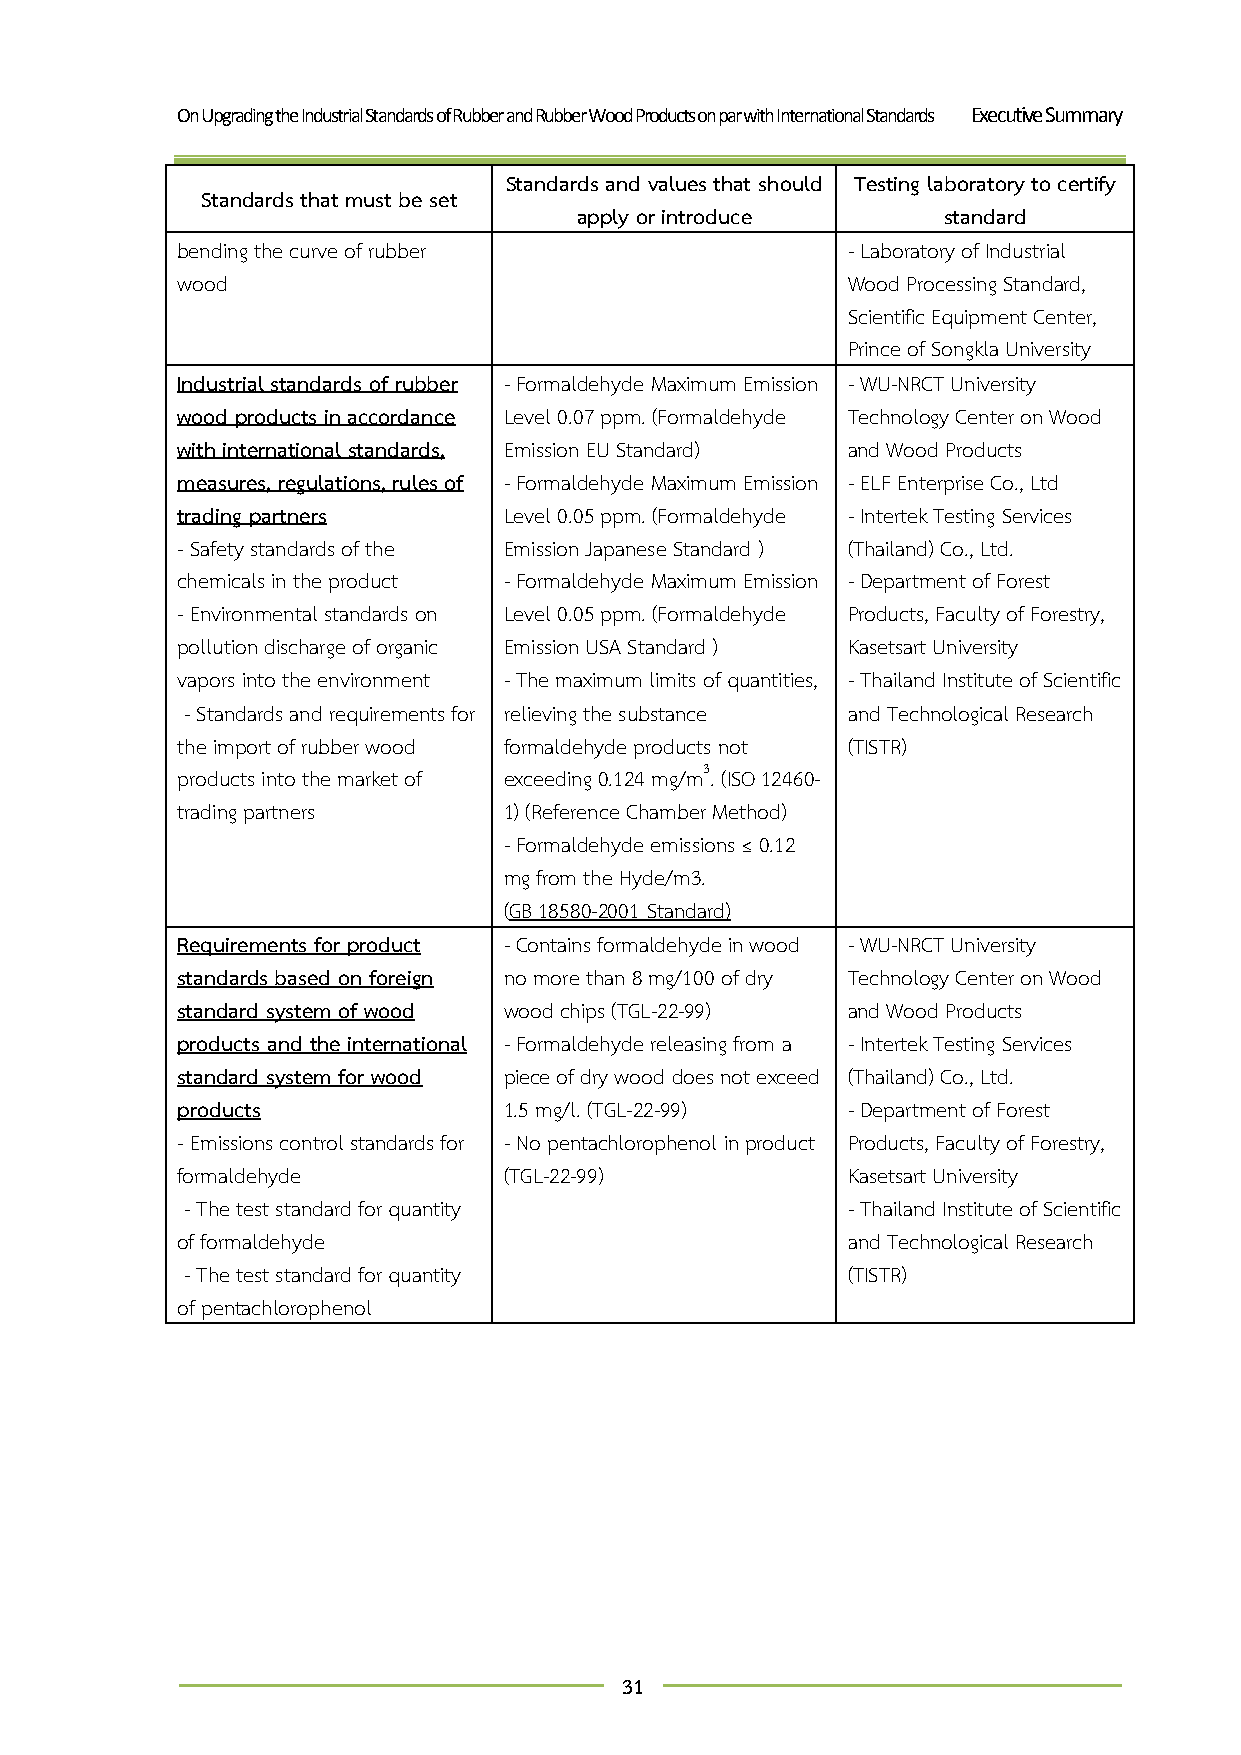
On Upgrading the Industrial Standards of Rubber and Rubber Wood Products on par with International Standards Executive Summary
 Standards and values that should Testing laboratory to certify
 Standards that must be set
 apply or introduce      standard
 bending the curve of rubber                 - Laboratory of Industrial
 wood                                        Wood Processing Standard,
 Scientific Equipment Center,
 Prince of Songkla University
 Industrial standards of rubber - Formaldehyde Maximum Emission - WU-NRCT University
 wood products in accordance Level 0.07 ppm. (Formaldehyde Technology Center on Wood
 with international standards, Emission EU Standard) and Wood Products
 measures, regulations, rules of - Formaldehyde Maximum Emission - ELF Enterprise Co., Ltd
 trading partners     Level 0.05 ppm. (Formaldehyde - Intertek Testing Services
 - Safety standards of the Emission Japanese Standard ) (Thailand) Co., Ltd.
 chemicals in the product - Formaldehyde Maximum Emission - Department of Forest
 - Environmental standards on Level 0.05 ppm. (Formaldehyde Products, Faculty of Forestry,
 pollution discharge of organic Emission USA Standard ) Kasetsart University
 vapors into the environment - The maximum limits of quantities, - Thailand Institute of Scientific
 - Standards and requirements for relieving the substance and Technological Research
 the import of rubber wood formaldehyde products not (TISTR)
 products into the market of exceeding 0.124 mg/m3. (ISO 12460-
 trading partners     1) (Reference Chamber Method)
 - Formaldehyde emissions ≤ 0.12
 mg from the Hyde/m3.
 (GB 18580-2001 Standard)
 Requirements for product - Contains formaldehyde in wood - WU-NRCT University
 standards based on foreign no more than 8 mg/100 of dry Technology Center on Wood
 standard system of wood wood chips (TGL-22-99) and Wood Products
 products and the international - Formaldehyde releasing from a - Intertek Testing Services
 standard system for wood piece of dry wood does not exceed (Thailand) Co., Ltd.
 products             1.5 mg/l. (TGL-22-99)  - Department of Forest
 - Emissions control standards for - No pentachlorophenol in product Products, Faculty of Forestry,
 formaldehyde         (TGL-22-99)            Kasetsart University
 - The test standard for quantity            - Thailand Institute of Scientific
 of formaldehyde                             and Technological Research
 - The test standard for quantity            (TISTR)
 of pentachlorophenol
 31